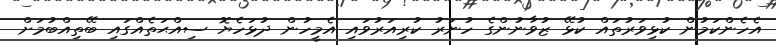
އެހެންކަމުން ކުޅިވަރުތައް ކުޅޭ ޒުވާނުންގެ ހުނަރު ކުރިއަރުވައި އެމީހުން ދުޅަހެޔޮ ސިއްޙަތެއްގައި ބޭތިއްބުމަށް